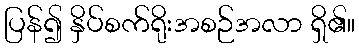
ပြန်၍ နှိပ်စက်ရိုးအစဉ်အလာ ရှိ၏။